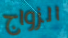
الزواج